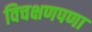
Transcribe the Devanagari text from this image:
विचक्षणपणा